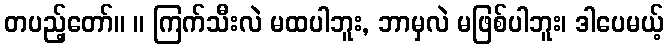
တပည့်တော်။ ။ ကြက်သီးလဲ မထပါဘူး, ဘာမှလဲ မဖြစ်ပါဘူး၊ ဒါပေမယ့်